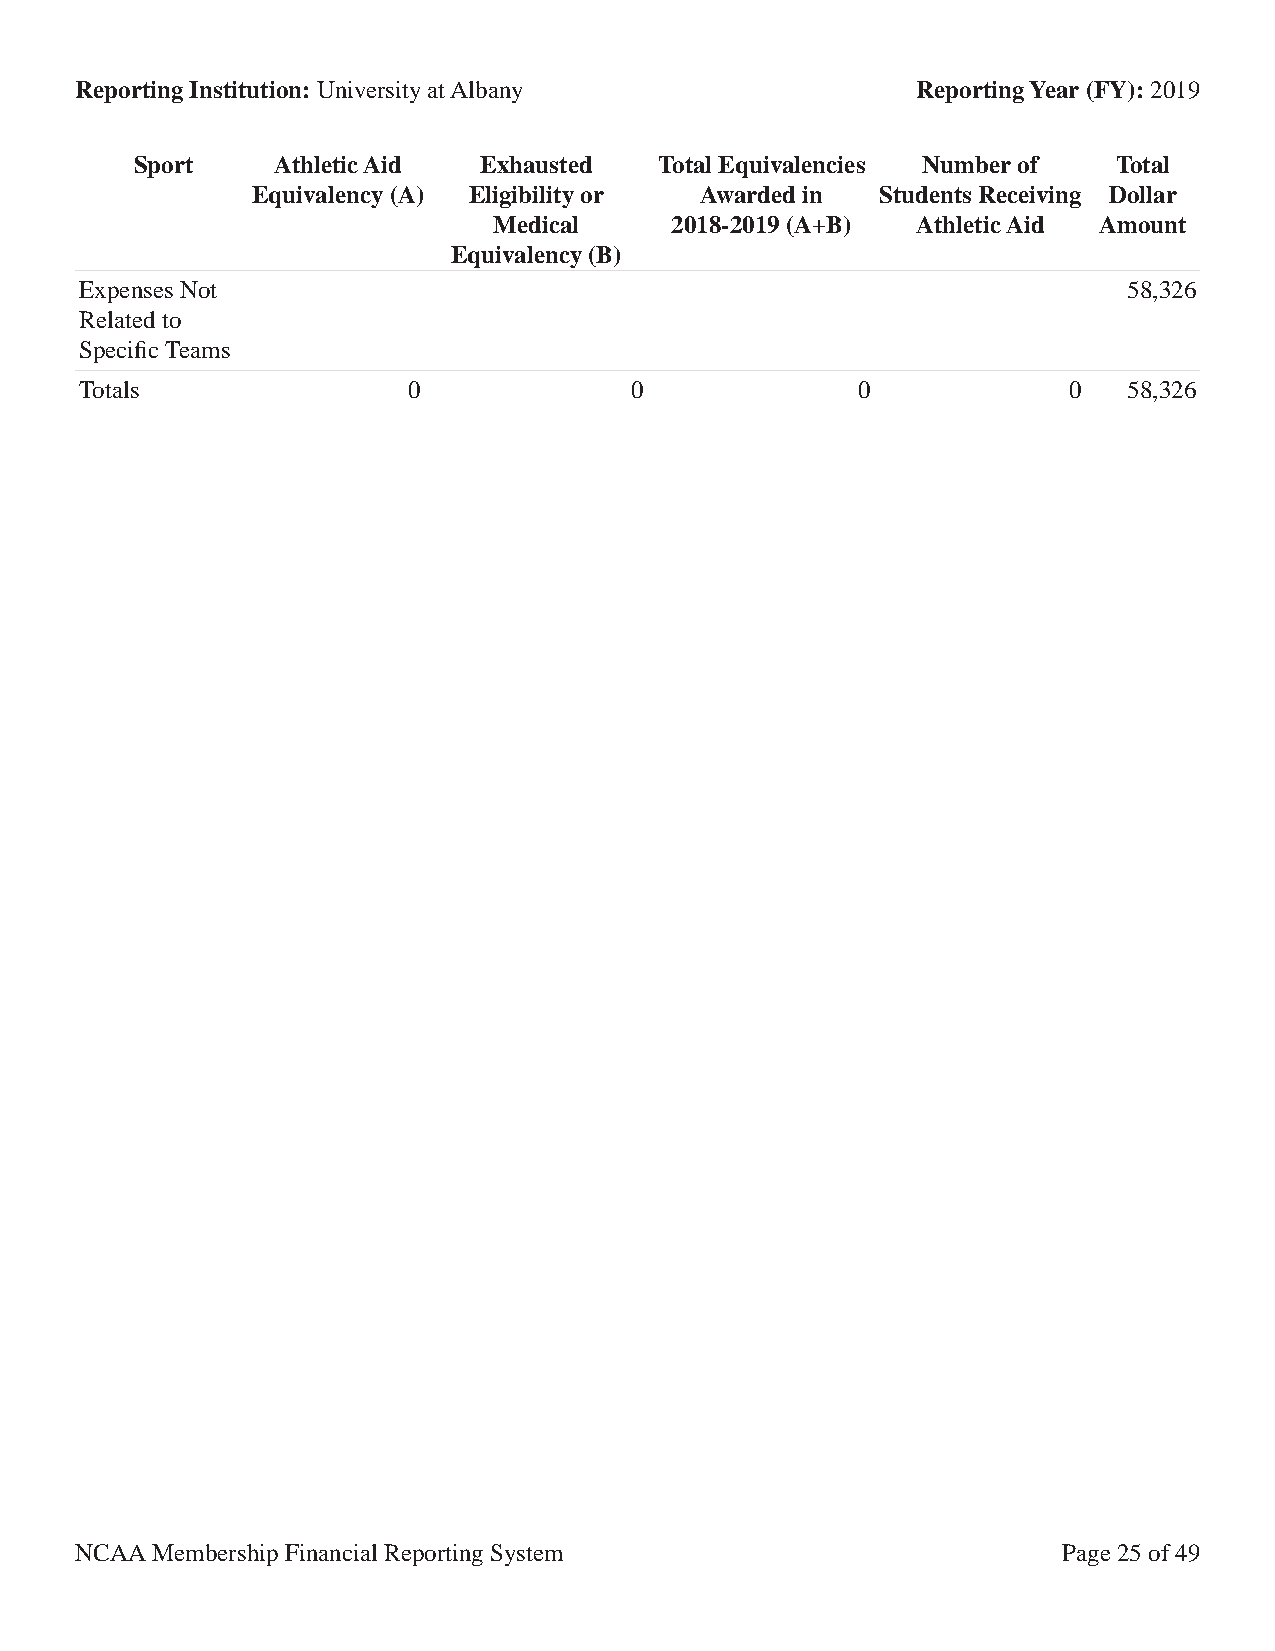
Reporting Institution: University at Albany             Reporting Year (FY): 2019
 Sport    Athletic Aid  Exhausted   Total Equivalencies Number of Total
 Equivalency (A) Eligibility or Awarded in Students Receiving Dollar
 Medical    2018-2019 (A+B)  Athletic Aid Amount
 Equivalency (B)
 Expenses Not                                                          58,326
 Related to
 Specific Teams
 Totals                0              0              0             0   58,326
 NCAA Membership Financial Reporting System                       Page 25 of 49